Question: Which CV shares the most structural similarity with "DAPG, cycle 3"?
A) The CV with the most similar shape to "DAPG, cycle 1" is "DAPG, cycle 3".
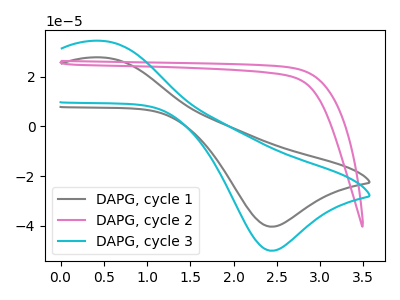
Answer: <think>The gray curve "DAPG, cycle 1" has an anodic peak at (0.50V, 27.75uA) and a cathodic peak at (2.45V, -40.30uA). The pink curve "DAPG, cycle 2" has no peaks. The cyan curve "DAPG, cycle 3" has an anodic peak at (0.50V, 34.40uA) and a cathodic peak at (2.45V, -50.00uA).
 "DAPG, cycle 1" and "DAPG, cycle 2" have a different number of peaks. All the peaks in "DAPG, cycle 1" have a peak in "DAPG, cycle 3" at the same potential. Every peak in "DAPG, cycle 1" is lower than every peak in "DAPG, cycle 3". "DAPG, cycle 2" and "DAPG, cycle 3" have a different number of peaks.</think>
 <answer>A) The CV with the most similar shape to "DAPG, cycle 1" is "DAPG, cycle 3".</answer>
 <eval>A</eval>